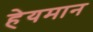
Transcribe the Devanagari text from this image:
हेयमान